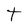
Character: t